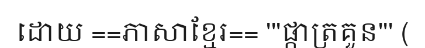
ដោយ ==ភាសាខ្មែរ== '''ផ្កាត្រគួន''' (